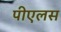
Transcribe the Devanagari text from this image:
पीएलस